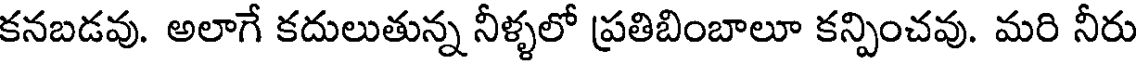
కనబడవు. అలాగే కదులుతున్న నీళ్ళలో ప్రతిబింబాలూ కన్పించవు. మరి నీరు